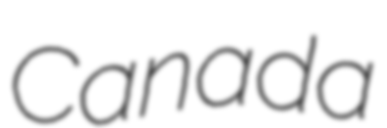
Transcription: Canada